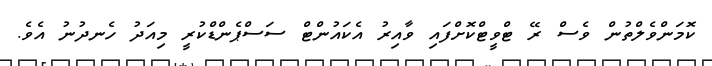
ކޮމަންވެލްތުން ވެސް ރޭ ޓްވީޓްކޮށްފައި ވާއިރު އެކައުންޓް ސަސްޕެންޑްކުރީ މިއަދު ހެނދުނު އެވެ.